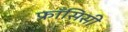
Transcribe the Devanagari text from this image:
फ्राँसिसी